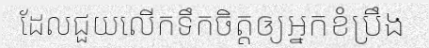
ដែលជួយលើកទឹកចិត្តឲ្យអ្នកខំប្រឹង